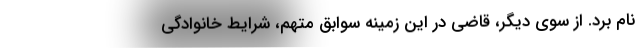
نام برد. از سوی دیگر، قاضی در این زمینه سوابق متهم، شرایط خانوادگی